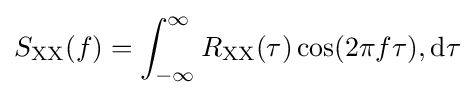
S_{\text{XX}}(f)=\int _{-\infty }^{\infty }R_{\text{XX}}(\tau )\cos(2\pi f\tau ),\mathrm {d} \tau